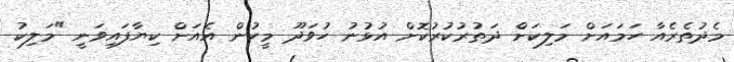
މެދުތެރެއާ ހަމައަށް މަލިކަށް ދަތުރުކުރުކޮށް އުޅުނު ހުވަދޫ މީހުން އެއަށް ކިޔާފައިވަނީ "މަލިކު